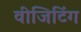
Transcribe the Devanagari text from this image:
वीजिटिंग